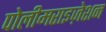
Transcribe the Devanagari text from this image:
पोलीमराइज़ेशन